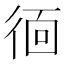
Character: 𭛱